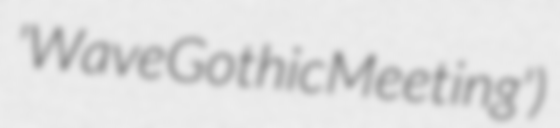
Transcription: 'Wave Gothic Meeting')